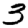
Digit: 3